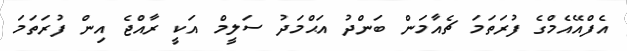
އެފްއޭއެމްގެ ފުރަތަމަ ޗެއާމަން ބަންދު އަޙްމަދު ސަލީމް އަކީ ރާއްޖެ އިން ފުރަތަމަ